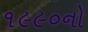
૧૯૯૦નો